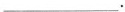
___.